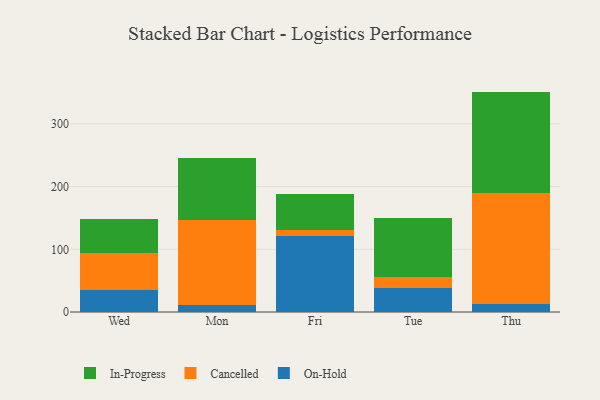
{"axis": {"x": "Day", "y": "Gross Profit (USD K)"}, "legend": ["Cancelled", "In-Progress", "On-Hold"], "data": [{"x": "Wed", "y": 34.6, "type": "On-Hold"}, {"x": "Wed", "y": 59.5, "type": "Cancelled"}, {"x": "Wed", "y": 54.4, "type": "In-Progress"}, {"x": "Mon", "y": 10.4, "type": "On-Hold"}, {"x": "Mon", "y": 136.6, "type": "Cancelled"}, {"x": "Mon", "y": 99.1, "type": "In-Progress"}, {"x": "Fri", "y": 120.7, "type": "On-Hold"}, {"x": "Fri", "y": 10.4, "type": "Cancelled"}, {"x": "Fri", "y": 56.4, "type": "In-Progress"}, {"x": "Tue", "y": 38.5, "type": "On-Hold"}, {"x": "Tue", "y": 16.8, "type": "Cancelled"}, {"x": "Tue", "y": 94.5, "type": "In-Progress"}, {"x": "Thu", "y": 12.5, "type": "On-Hold"}, {"x": "Thu", "y": 177.7, "type": "Cancelled"}, {"x": "Thu", "y": 161.3, "type": "In-Progress"}]}